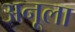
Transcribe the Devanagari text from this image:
अनूला